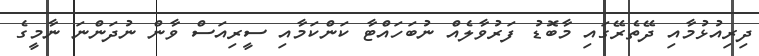
ދިރިއުޅުމާއި ދޭތެރޭގައި މާބޮޑު ފަރުވާލެއް ނުބަހައްޓާ ކަންކަމާއި ސީރިއަސް ވާން ނުދަންނަ ނާމީގެ